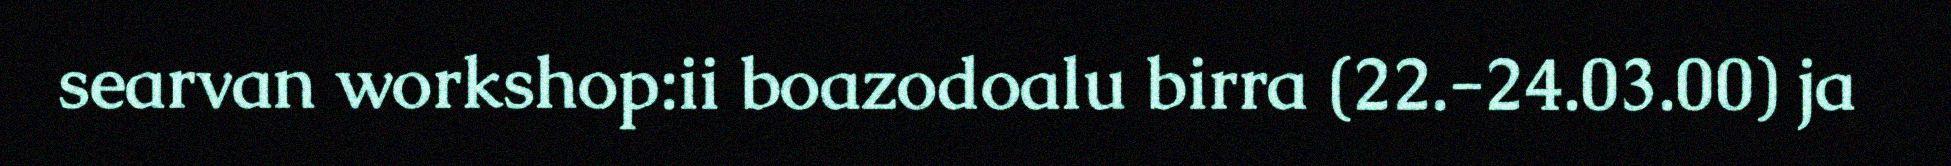
searvan workshop:ii boazodoalu birra (22.-24.03.00) ja